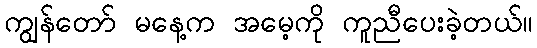
ကျွန်တော် မနေ့က အမေ့ကို ကူညီပေးခဲ့တယ်။